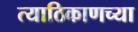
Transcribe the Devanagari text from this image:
त्याठिकाणच्या